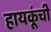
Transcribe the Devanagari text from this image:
हायकूंची